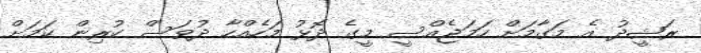
ރަޝީދު އެ މަގާމަށް ހަމަޖެއްސީ މީގެ ދޮޅު މަހެއްހާ ދުވަސް ކުރިން ކަމަށް